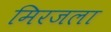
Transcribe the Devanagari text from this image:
मिरजला